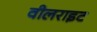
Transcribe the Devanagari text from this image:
वीलराइट